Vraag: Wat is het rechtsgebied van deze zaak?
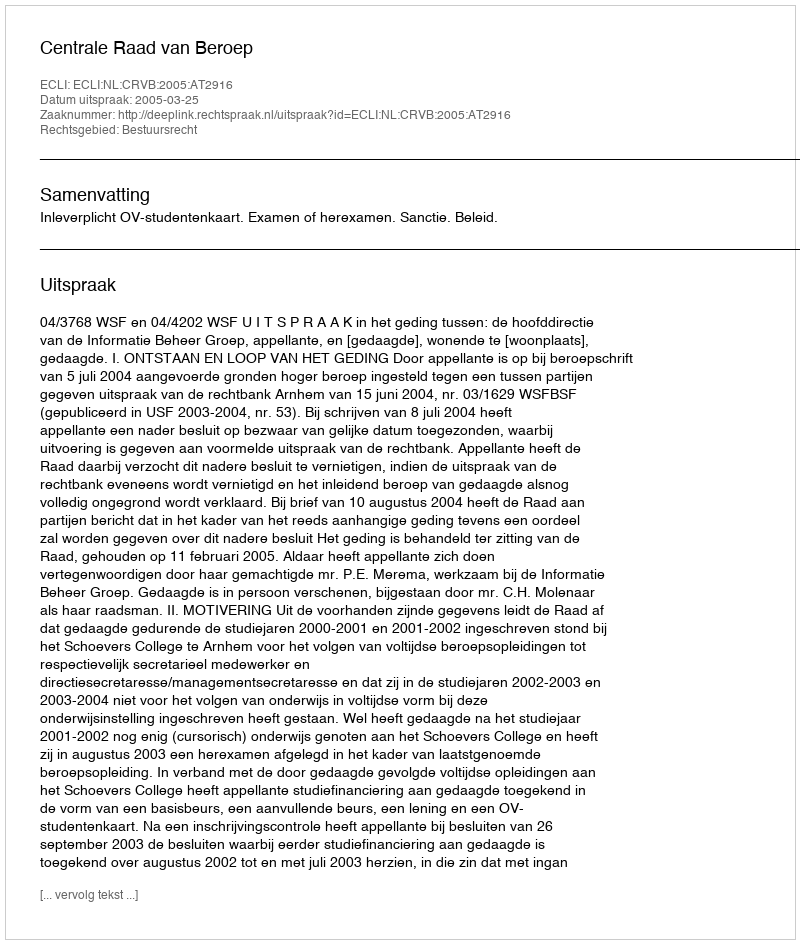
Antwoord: Bestuursrecht